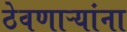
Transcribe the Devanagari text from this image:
ठेवणाऱ्यांना